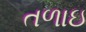
તળાઇ